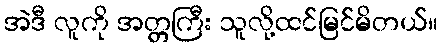
အဲဒီ လူကို အတ္တကြီး သူလို့ထင်မြင်မိတယ်။